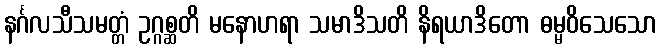
နင်္ဂလသီသမတ္တံ ဥဂ္ဂစ္ဆတိ မနောဟရာ သမာဒိသတိ နိရယာဒိတော ဓမ္မဝိသေသော